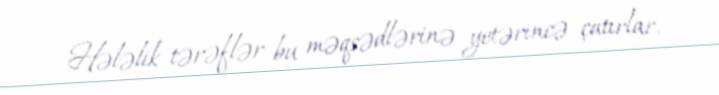
Hələlik tərəflər bu məqsədlərinə yetərincə çatırlar.